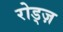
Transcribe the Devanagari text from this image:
रोड्ज़